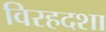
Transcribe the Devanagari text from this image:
विरहदशा